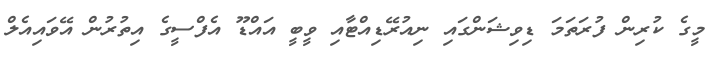
މީގެ ކުރިން ފުރަތަމަ ޑިވިޝަންގައި ނިއުރޭޑިއްޓާއި ވީބީ އައްޑޫ އެފްސީގެ އިތުރުން އޭވައިއެލް